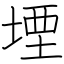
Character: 堙